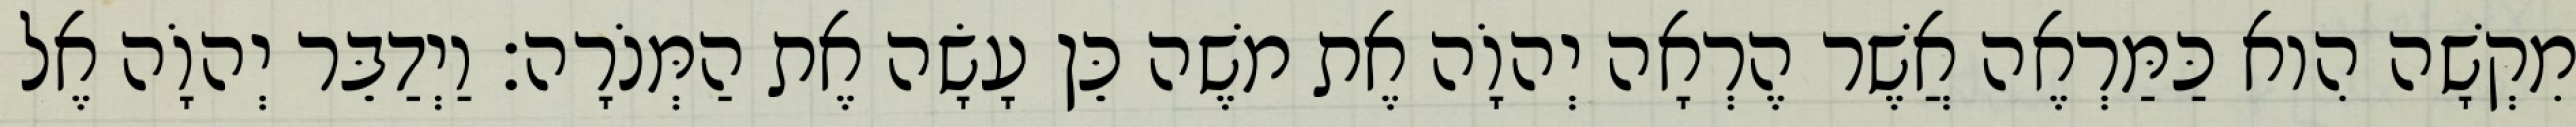
מִקְשָׁה הִוא כַּמַּרְאֶה אֲשֶׁר הֶרְאָה יְהוָֹה אֶת משֶׁה כֵּן עָשָׂה אֶת הַמְּנֹרָה׃ וַיְדַבֵּר יְהוָֹה אֶל